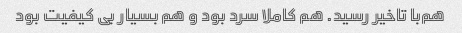
هم‌با تاخیر رسید. هم کاملا سرد بود و هم بسیار بی کیفیت بود